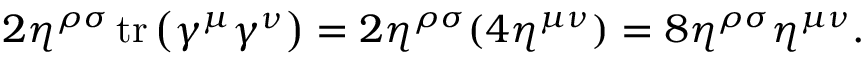
2 \eta ^ { \rho \sigma } \operatorname { t r } \left( \gamma ^ { \mu } \gamma ^ { \nu } \right) = 2 \eta ^ { \rho \sigma } ( 4 \eta ^ { \mu \nu } ) = 8 \eta ^ { \rho \sigma } \eta ^ { \mu \nu } .